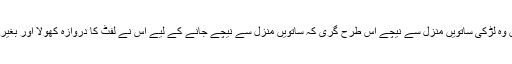
اخباری اطلاع کے مطابق وہ لڑکی ساتویں منزل سے نیچے اس طرح گری کہ ساتویں منزل سے نیچے جانے کے لیے اس نے لفٹ کا دروازہ کھولا اور بغیر دیکھے اندر قدم رکھ دیا۔